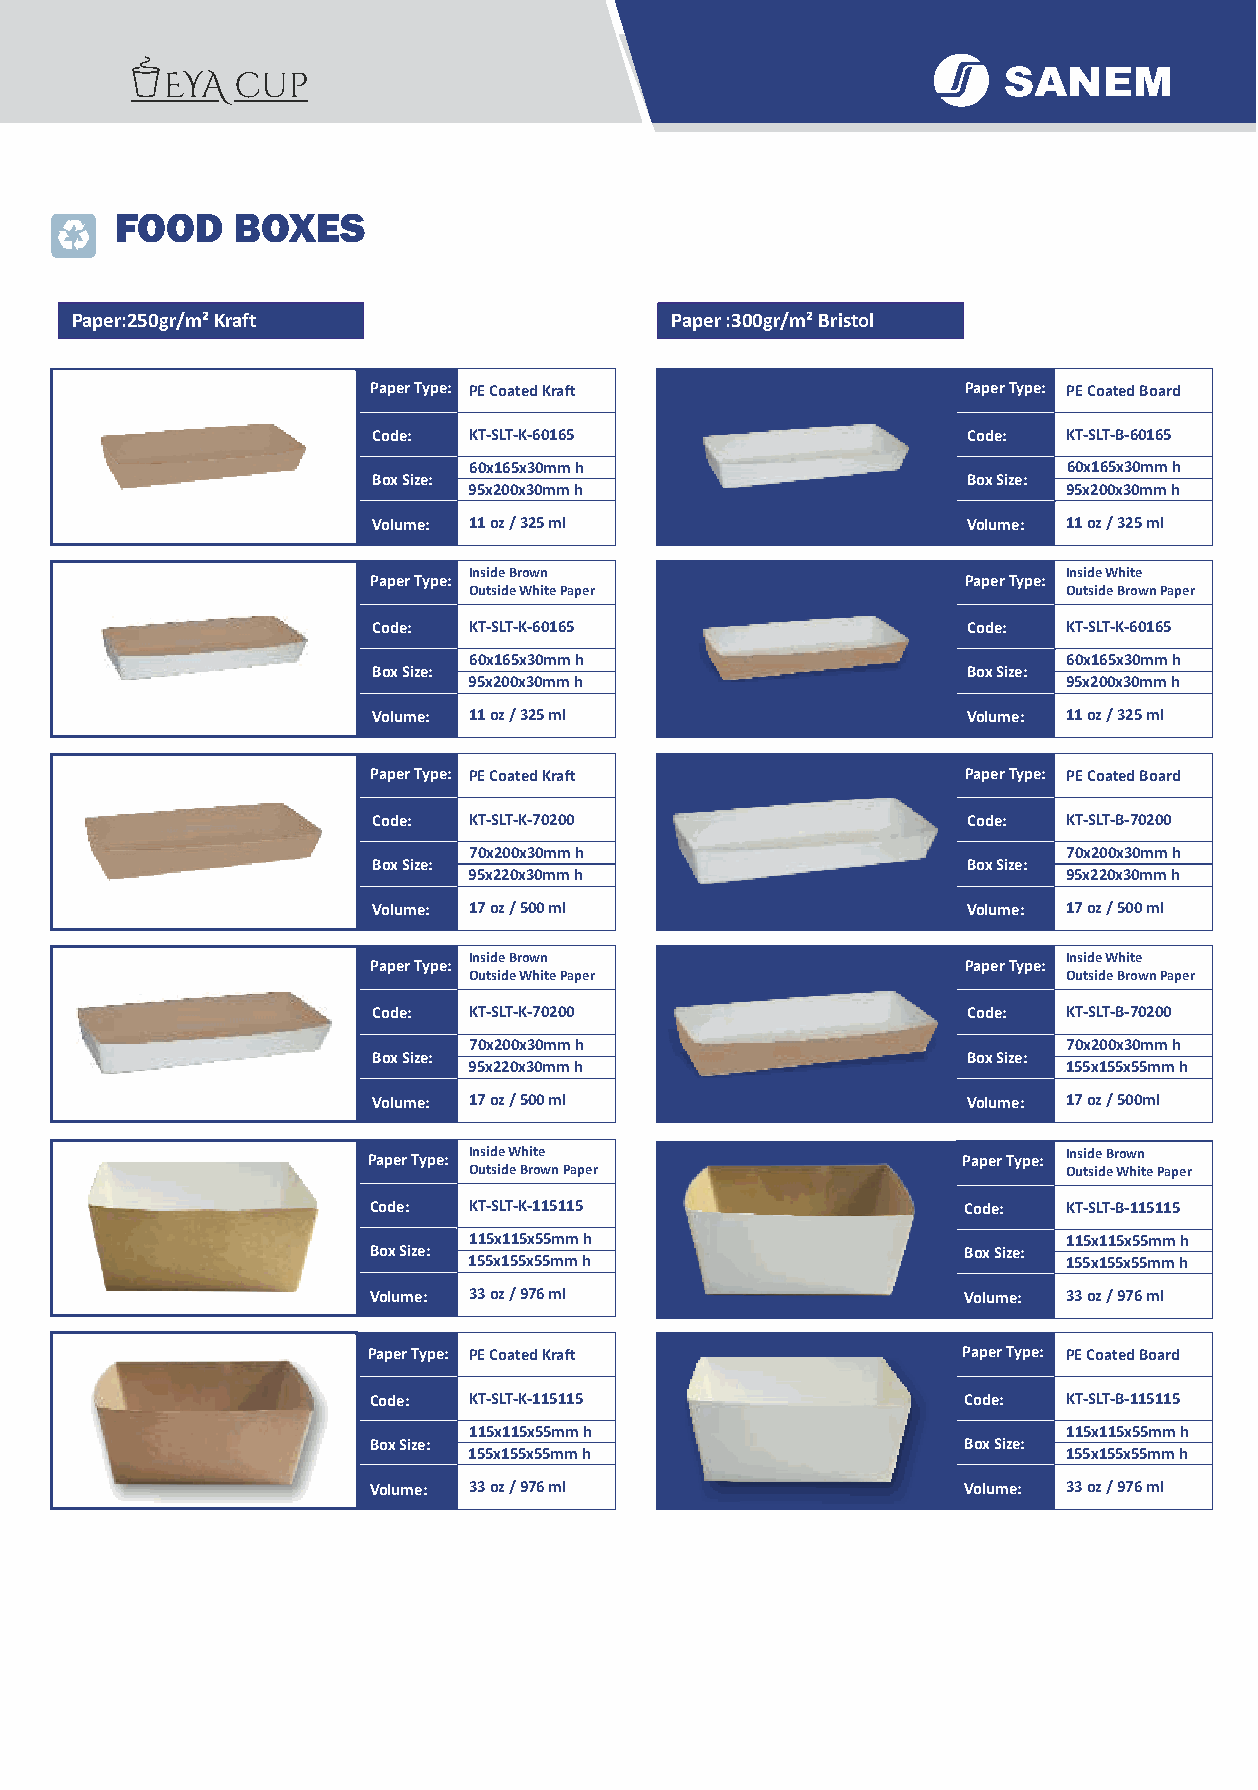
FOOD   BOXES
 Paper:250gr/m² Kraft                   Paper :300gr/m² Bristol
 Paper Type: PE Coated Kraft            Paper Type: PE Coated Board
 Code: KT-SLT-K-60165                   Code:  KT-SLT-B-60165
 60x165x30mm h                           60x165x30mm h
 Box Size:                              Box Size:
 95x200x30mm h                           95x200x30mm h
 Volume: 11 oz / 325 ml                 Volume: 11 oz / 325 ml
 Inside Brown                            Inside White
 Paper Type:                            Paper Type:
 Outside White Paper                     Outside Brown Paper
 Code: KT-SLT-K-60165                   Code:  KT-SLT-K-60165
 60x165x30mm h                           60x165x30mm h
 Box Size:                              Box Size:
 95x200x30mm h                           95x200x30mm h
 Volume: 11 oz / 325 ml                 Volume: 11 oz / 325 ml
 Paper Type: PE Coated Kraft            Paper Type: PE Coated Board
 Code: KT-SLT-K-70200                   Code:  KT-SLT-B-70200
 70x200x30mm h                           70x200x30mm h
 Box Size:                              Box Size:
 95x220x30mm h                           95x220x30mm h
 Volume: 17 oz / 500 ml                 Volume: 17 oz / 500 ml
 Inside Brown                            Inside White
 Paper Type:                            Paper Type:
 Outside White Paper                     Outside Brown Paper
 Code: KT-SLT-K-70200                   Code:  KT-SLT-B-70200
 70x200x30mm h                           70x200x30mm h
 Box Size:                              Box Size:
 95x220x30mm h                           155x155x55mm h
 Volume: 17 oz / 500 ml                 Volume: 17 oz / 500ml
 Paper Type: Inside White                Paper Type: Inside Brown
 Outside Brown Paper                     Outside White Paper
 Code:  KT-SLT-K-115115                  Code:  KT-SLT-B-115115
 115x115x55mm h                          115x115x55mm h
 Box Size:                               Box Size:
 155x155x55mm h                          155x155x55mm h
 Volume: 33 oz / 976 ml                  Volume: 33 oz / 976 ml
 Paper Type: PE Coated Kraft             Paper Type: PE Coated Board
 Code:  KT-SLT-K-115115                  Code:  KT-SLT-B-115115
 115x115x55mm h                          115x115x55mm h
 Box Size:                               Box Size:
 155x155x55mm h                          155x155x55mm h
 Volume: 33 oz / 976 ml                  Volume: 33 oz / 976 ml